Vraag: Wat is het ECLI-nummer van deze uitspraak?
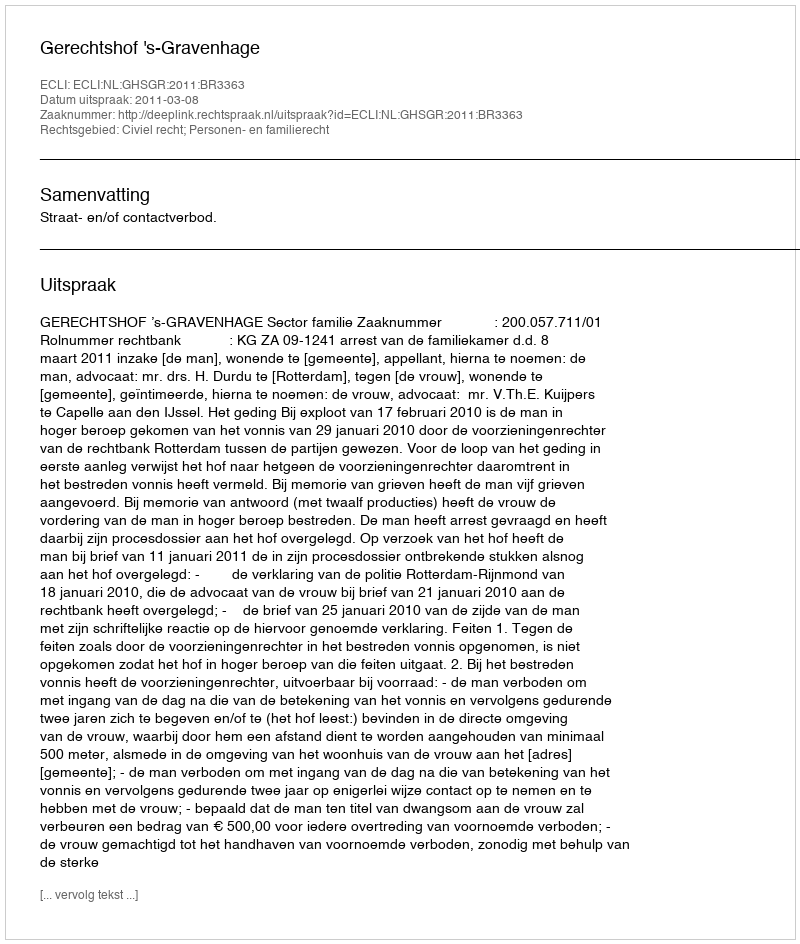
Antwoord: ECLI:NL:GHSGR:2011:BR3363